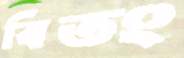
বিতং